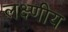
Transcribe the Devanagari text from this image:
लक्ष्णीय